Document type: Grant of rights
Year: 1280
Scribe: Pere Marc
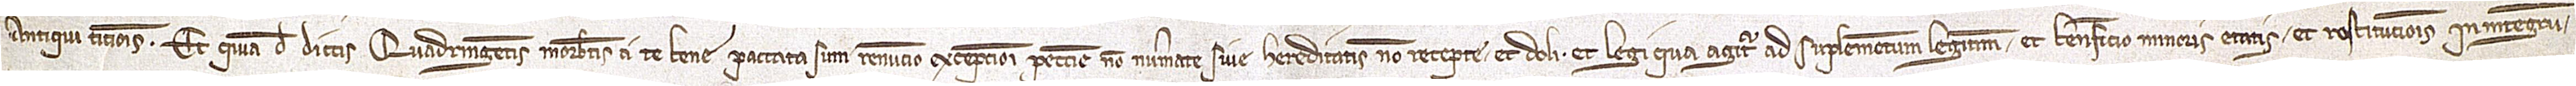
Antiqui Titionis. Et quia de dictis quadringentis morabatinis a te bene paccata sum, renuncio excepcioni peccunie non numerate sive hereditatis no recepte, et doli, et legi qua agitur ad suplementum legitime, et beneficio minoris etatis et restitucionis in integrum,